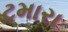
ટમારા